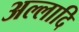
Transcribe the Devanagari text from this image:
अल्लादि